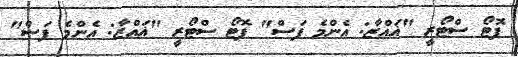
ފޮޓޯ ސްޓޯރީ "ޣައްޒާ: އެންމެ ފަސް" ފޮޓޯ ސްޓޯރީ "ޣައްޒާ: އެންމެ ފަސް"